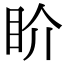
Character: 𥄍